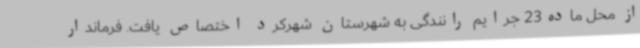
از محل ماده23 جرایم رانندگی به شهرستان شهرکرد اختصاص یافت. فرماندار